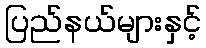
ပြည်နယ်များနှင့်